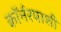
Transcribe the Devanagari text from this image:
कॉर्नरपाशी